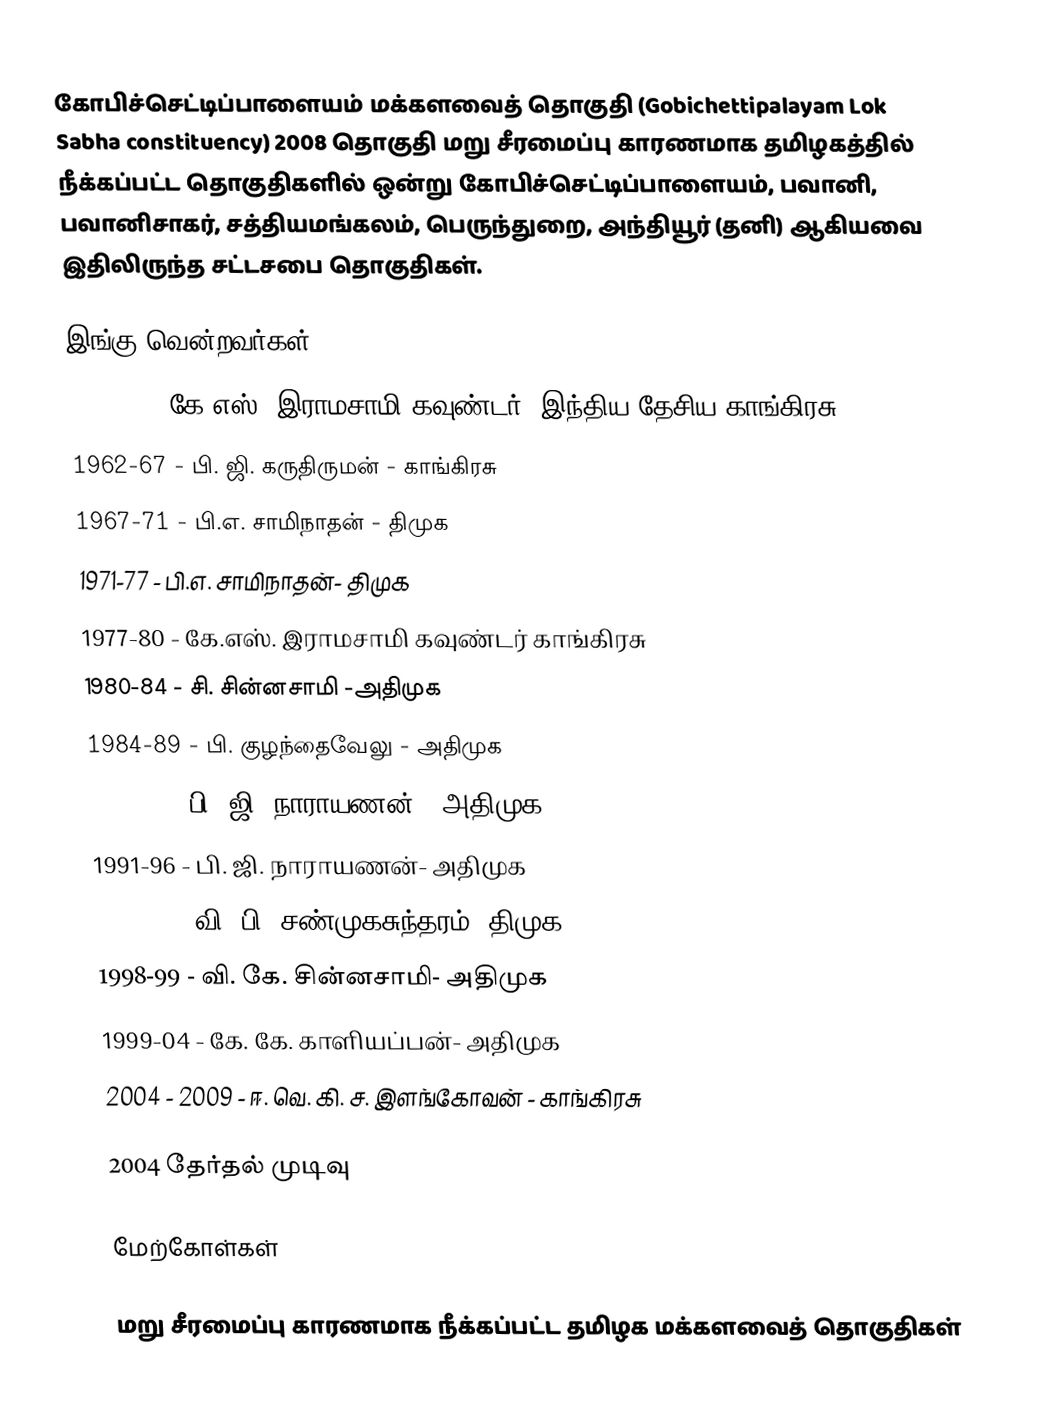
கோபிச்செட்டிப்பாளையம் மக்களவைத் தொகுதி (Gobichettipalayam Lok Sabha constituency) 2008 தொகுதி மறு சீரமைப்பு காரணமாக தமிழகத்தில் நீக்கப்பட்ட தொகுதிகளில் ஒன்று  கோபிச்செட்டிப்பாளையம், பவானி, பவானிசாகர், சத்தியமங்கலம், பெருந்துறை, அந்தியூர் (தனி) ஆகியவை இதிலிருந்த சட்டசபை தொகுதிகள்.

இங்கு வென்றவர்கள்
1957-62 - கே.எஸ். இராமசாமி கவுண்டர்   -இந்திய தேசிய காங்கிரசு
1962-67 - பி. ஜி. கருதிருமன்   -	காங்கிரசு
1967-71 - பி.எ. சாமிநாதன்  -	திமுக
1971-77 - பி.எ. சாமிநாதன்-	திமுக
1977-80 - கே.எஸ். இராமசாமி கவுண்டர்	காங்கிரசு
1980-84 - சி. சின்னசாமி	     -அதிமுக
1984-89 - பி. குழந்தைவேலு - அதிமுக
1989-91  - பி. ஜி. நாராயணன் - 	அதிமுக
1991-96  - பி. ஜி. நாராயணன்-	அதிமுக
1996-98 - வி. பி. சண்முகசுந்தரம்-	திமுக
1998-99 - வி. கே. சின்னசாமி-	அதிமுக
1999-04 - கே. கே. காளியப்பன்-	அதிமுக
2004 - 2009	  - ஈ. வெ. கி. ச. இளங்கோவன்   - காங்கிரசு

2004 தேர்தல் முடிவு

மேற்கோள்கள்

மறு சீரமைப்பு காரணமாக நீக்கப்பட்ட தமிழக மக்களவைத் தொகுதிகள்